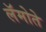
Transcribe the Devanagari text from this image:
लॅमोते